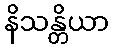
နိသန္တိယာ